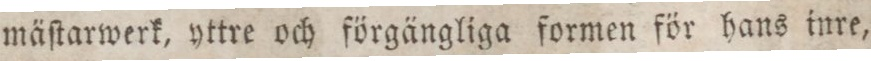
mäſtarwerk, yttre och förgängliga formen för hans inre,